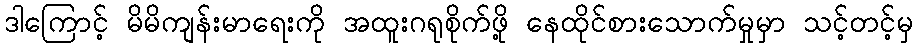
ဒါကြောင့် မိမိကျန်းမာရေးကို အထူးဂရုစိုက်ဖို့ နေထိုင်စားသောက်မှုမှာ သင့်တင့်မှ